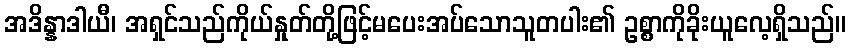
အဒိန္နာဒါယီ၊ အရှင်သည်ကိုယ်နှုတ်တို့ဖြင့်မပေးအပ်သောသူတပါး၏ ဥစ္စာကိုခိုးယူလေ့ရှိသည်။